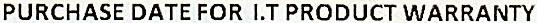
PURCHASE DATE FOR I.T PRODUCT WARRANTY